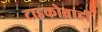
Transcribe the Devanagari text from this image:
टाइकोब्राही